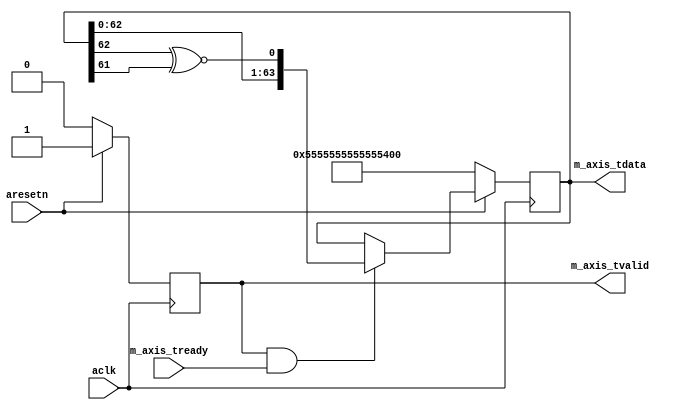
module axis_lfsr #
(
  parameter integer AXIS_TDATA_WIDTH = 64
)
(
  // System signals
  input  wire                        aclk,
  input  wire                        aresetn,

  // Master side
  input  wire                        m_axis_tready,
  output wire [AXIS_TDATA_WIDTH-1:0] m_axis_tdata,
  output wire                        m_axis_tvalid
);

  reg [AXIS_TDATA_WIDTH-1:0] int_lfsr_reg, int_lfsr_next;
  reg int_enbl_reg, int_enbl_next;

  always @(posedge aclk)
  begin
    if(~aresetn)
    begin
      int_lfsr_reg <= 64'h5555555555555555;
      int_enbl_reg <= 1'b0;
    end
    else
    begin
      int_lfsr_reg <= int_lfsr_next;
      int_enbl_reg <= int_enbl_next;
    end
  end

  always @*
  begin
    int_lfsr_next = int_lfsr_reg;
    int_enbl_next = int_enbl_reg;

    if(~int_enbl_reg)
    begin
      int_enbl_next = 1'b1;
    end

    if(int_enbl_reg & m_axis_tready)
    begin
      int_lfsr_next = {int_lfsr_reg[62:0], int_lfsr_reg[62] ~^ int_lfsr_reg[61]}; 
    end
  end

  assign m_axis_tdata = int_lfsr_reg;
  assign m_axis_tvalid = int_enbl_reg;

endmodule